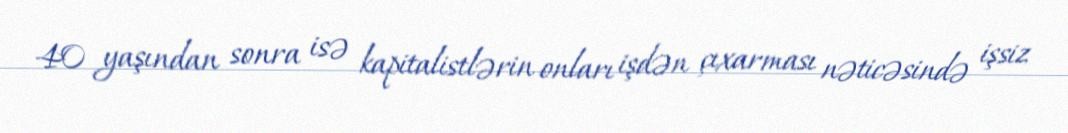
40 yaşından sonra isə kapitalistlərin onları işdən çıxarması nəticəsində işsiz